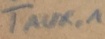
Text: TAUX,1